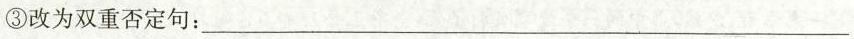
③改为双重否定句：___